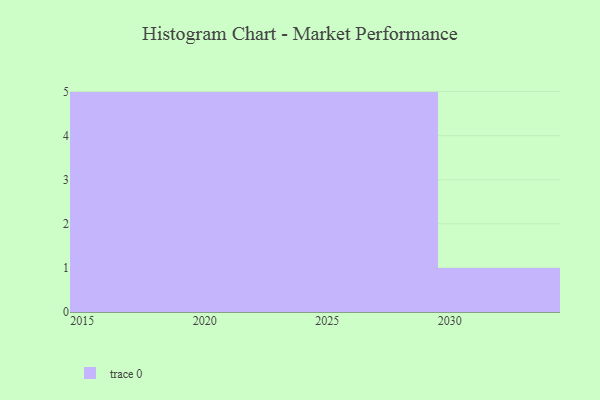
{"axis": {"x": "Year", "y": "Waste Production (Tons)"}, "legend": [""], "data": [{"x": "2030", "y": 48, "type": ""}, {"x": "2027", "y": 44, "type": ""}, {"x": "2016", "y": 41, "type": ""}, {"x": "2026", "y": 17, "type": ""}, {"x": "2020", "y": 41, "type": ""}, {"x": "2029", "y": 36, "type": ""}, {"x": "2019", "y": 29, "type": ""}, {"x": "2021", "y": 66, "type": ""}, {"x": "2022", "y": 55, "type": ""}, {"x": "2025", "y": 32, "type": ""}, {"x": "2028", "y": 95, "type": ""}, {"x": "2018", "y": 46, "type": ""}, {"x": "2023", "y": 36, "type": ""}, {"x": "2015", "y": 81, "type": ""}, {"x": "2024", "y": 75, "type": ""}, {"x": "2017", "y": 11, "type": ""}]}